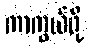
ကာကွယ်ဖို့